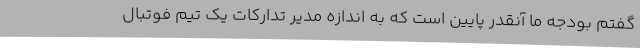
گفتم بودجه ما آنقدر پایین است که به اندازه مدیر تدارکات یک تیم فوتبال